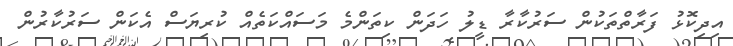
އިދިކޮޅު ފަރާތްތަކުން ސަރުކާރާ ޑީލު ހަދަން ކިތަންމެ މަސައްކަތެއް ކުރިޔަސް އެކަން ސަރުކާރުން